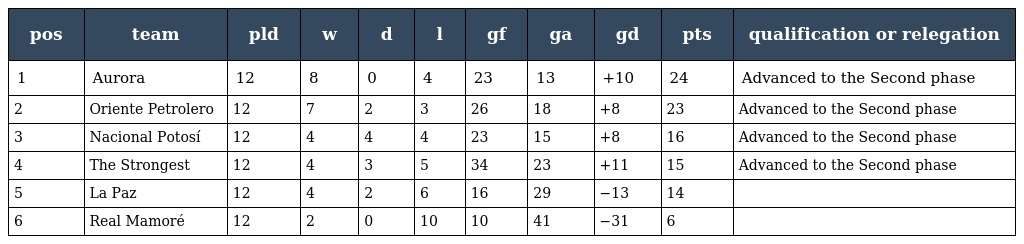
| pos | team | pld | w | d | l | gf | ga | gd | pts | qualification or relegation |
 | --- | --- | --- | --- | --- | --- | --- | --- | --- | --- | --- |
 | 1 | Aurora | 12 | 8 | 0 | 4 | 23 | 13 | +10 | 24 | Advanced to the Second phase |
 | 2 | Oriente Petrolero | 12 | 7 | 2 | 3 | 26 | 18 | +8 | 23 | Advanced to the Second phase |
 | 3 | Nacional Potosí | 12 | 4 | 4 | 4 | 23 | 15 | +8 | 16 | Advanced to the Second phase |
 | 4 | The Strongest | 12 | 4 | 3 | 5 | 34 | 23 | +11 | 15 | Advanced to the Second phase |
 | 5 | La Paz | 12 | 4 | 2 | 6 | 16 | 29 | −13 | 14 |  |
 | 6 | Real Mamoré | 12 | 2 | 0 | 10 | 10 | 41 | −31 | 6 |  |